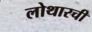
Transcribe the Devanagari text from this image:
लोथारची